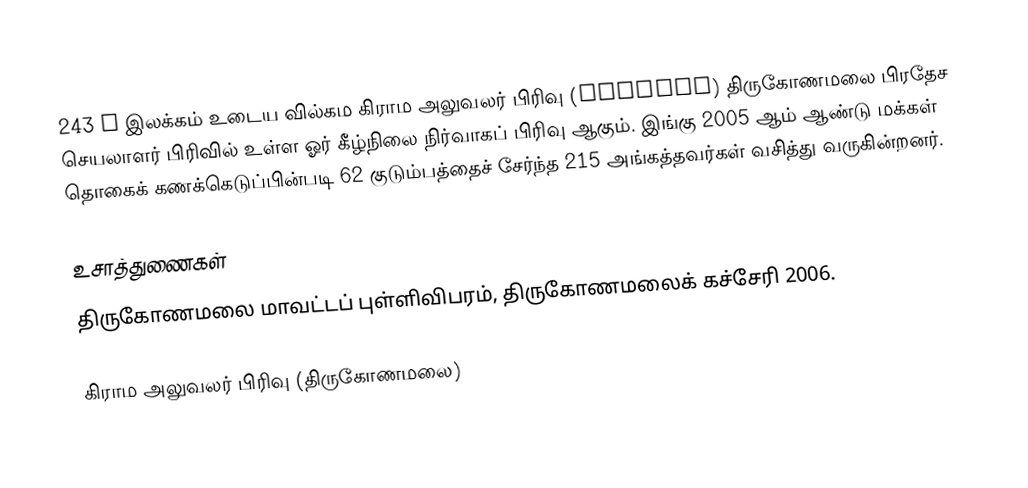
243 E இலக்கம்  உடைய வில்கம கிராம அலுவலர் பிரிவு  (Vilgama) திருகோணமலை பிரதேச செயலாளர் பிரிவில் உள்ள ஓர் கீழ்நிலை நிர்வாகப் பிரிவு ஆகும். இங்கு 2005 ஆம் ஆண்டு மக்கள் தொகைக் கணக்கெடுப்பின்படி 62 குடும்பத்தைச் சேர்ந்த 215 அங்கத்தவர்கள் வசித்து வருகின்றனர்.

உசாத்துணைகள்
திருகோணமலை மாவட்டப் புள்ளிவிபரம், திருகோணமலைக் கச்சேரி 2006.

கிராம அலுவலர் பிரிவு (திருகோணமலை)